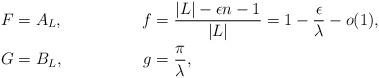
LaTeX: \begin{align*} F&=A_{L}, & f &= \frac{|L|-\epsilon n - 1}{|L|} = 1 - \frac{\epsilon}{\lambda} - o(1), \\ G&= B_{L}, & g &= \frac{\pi}{\lambda}, \\\end{align*}